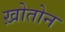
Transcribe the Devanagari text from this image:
ख़ोतोन